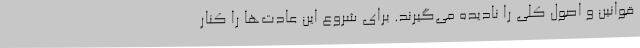
قوانین و اصول کلی را نادیده می‌گیرند. برای شروع این عادت‌ها را کنار